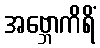
အဗ္ဘောကိရိံ